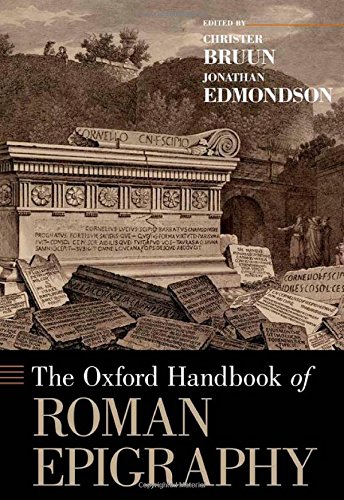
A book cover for The Oxford Handbook of Roman Epigraphy (Oxford Handbooks); Literature & Fiction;